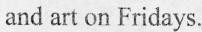
and art on Fridays.